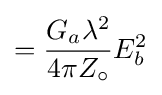
=\displaystyle {{G_{a}\lambda ^{2} \over 4\pi Z_{\circ }}E_{b}^{2}}